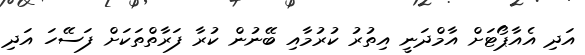
އަދި އެއާޕޯޓަށް އާމްދަނީ އިތުރު ކުރުމާއި ބޭނުން ކުރާ ފަރާތްތަކަށް ފަސޭހަ އަދި